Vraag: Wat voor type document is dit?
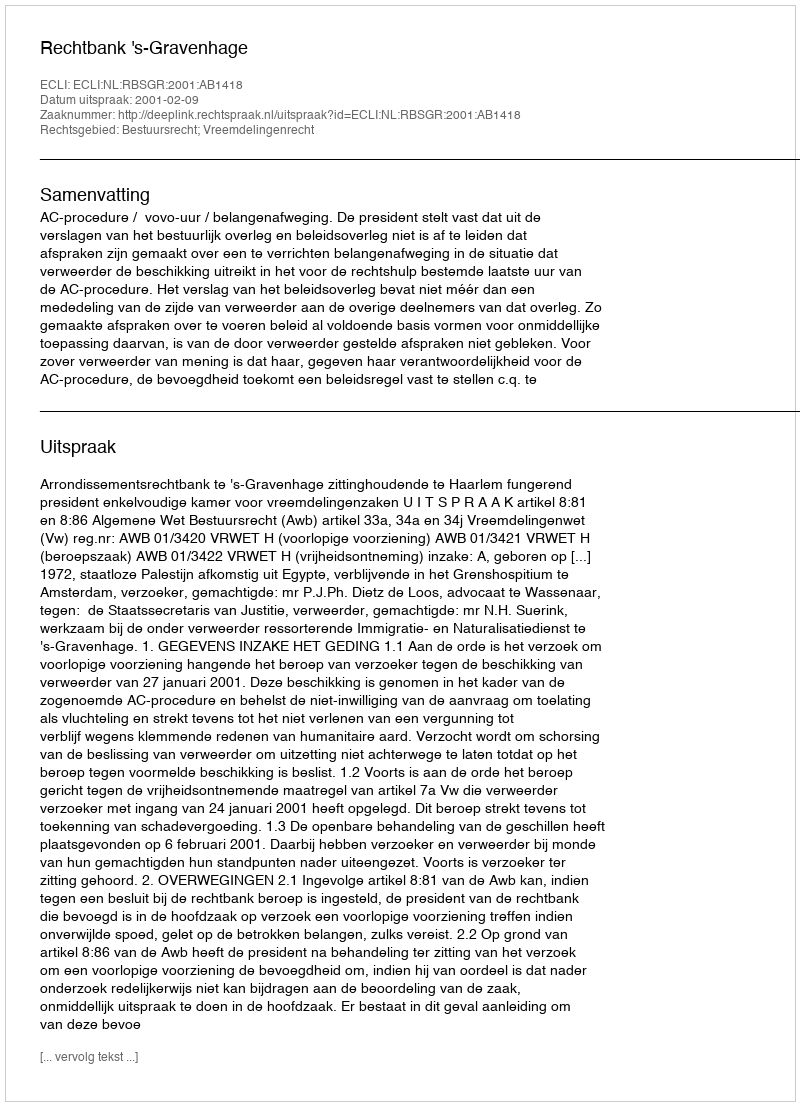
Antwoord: Uitspraak